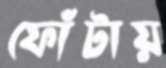
ফোঁটায়